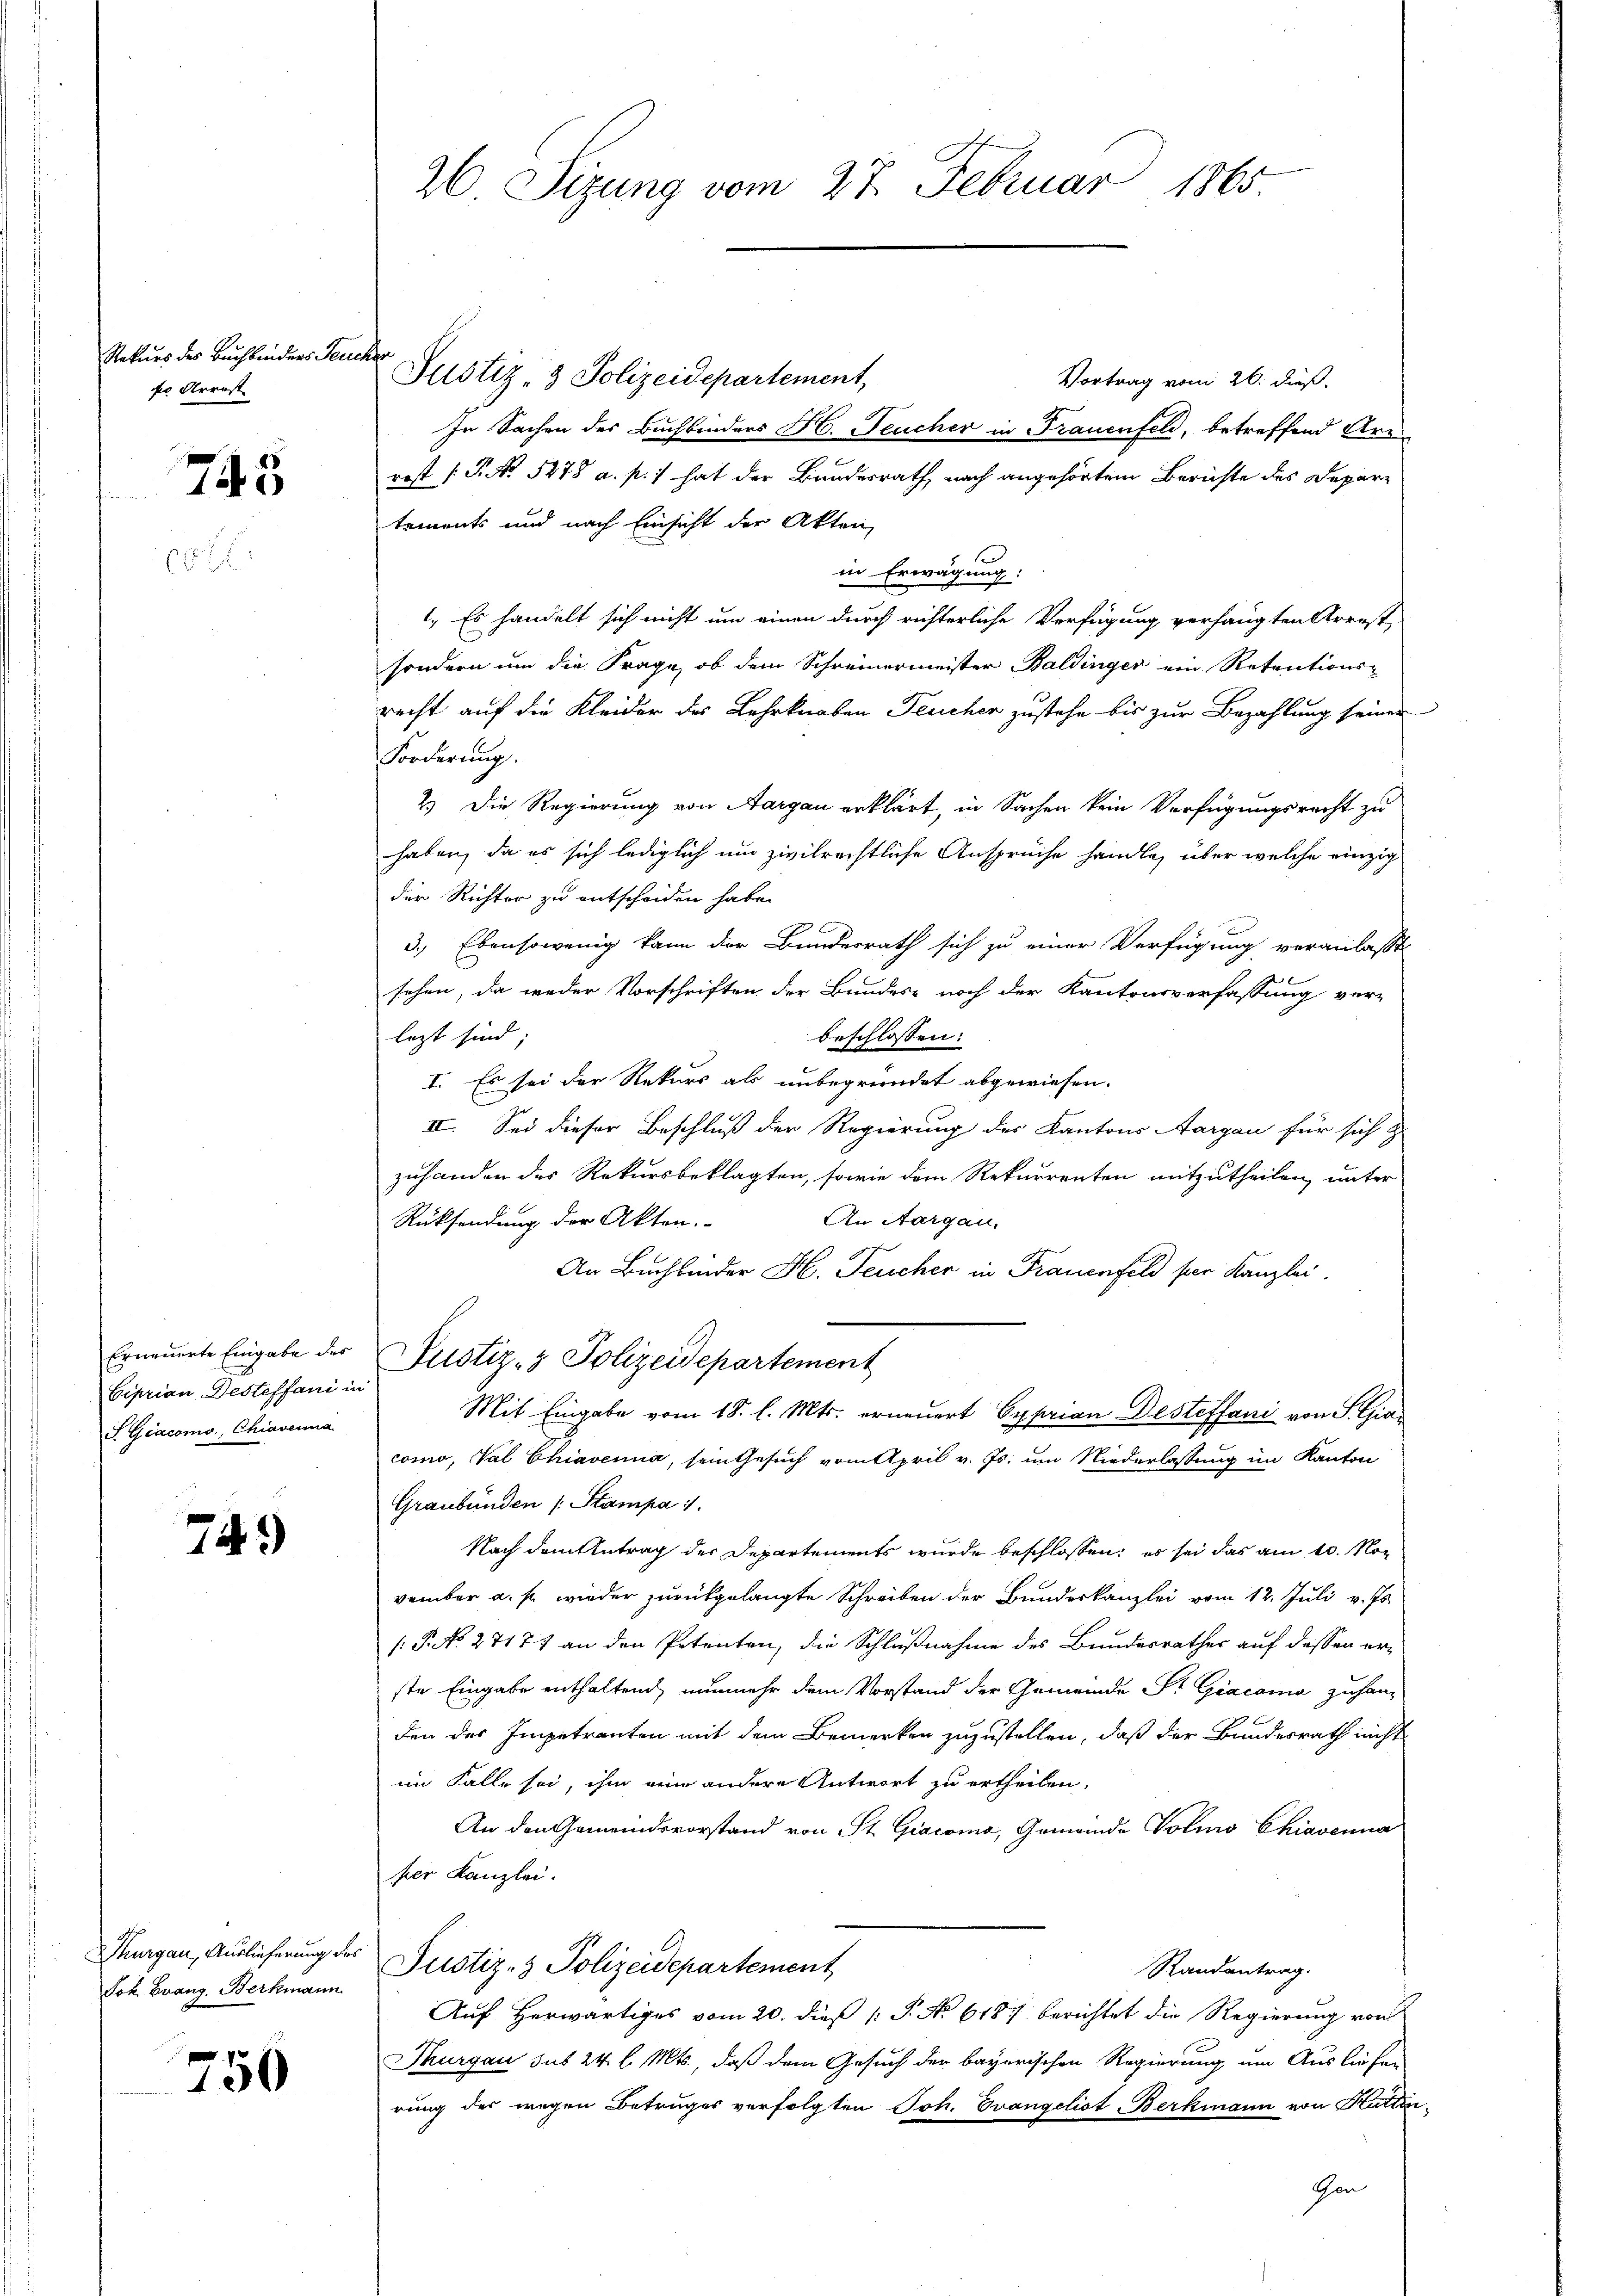
Rekurs des Buchbinders Feu
der Arrest |

745

Erneuerte Eingabe des
Ciprian Desteffani in
F Giacomo, Chiaverna

749

Thurgau, Auslieferung des
Jok Evang. Berkmann

750

26 Sizung vom 27. Februar 1865.

Justiz- & Polizeidepartement,
Vortrag vom 26. dieß.
In Sachen des Buchbinders H. Feucher in Frauenfeld, betreffend Are
rost (T. No. 5278 a. p.) hat der Bundesrath nach angehörtem Berichte des Departements und nach Einsicht der Akten,
in Erwägung:
1. Es handelt sich nicht um einen durch richterliche Verfügung verhängten Arrest,
sondern um die Frage, ob dem Schreinermeister Baldinger ein Retentions-
recht auf die Kleider des Lehrknaben Feucher zustehe bis zur Bezahlung seiner
Forderung
2.) Die Regierung von Aargau erklärt, in Sachen kein Verfügungsrecht zu
haben, da es sich lediglich um zivilrechtliche Ansprüche handle, über welche einzig
der Richter zu entscheiden habe.
3.) Ebensowenig kann der Bundesrath sich zu einer Verfügung veranlasst
sehen, da weder Vorschriften der Bundes- noch der Kantonsverfassung ver-
lezt sind
beschlossen:
I. Es sei der Rekurs als unbegründet abgewiesen.
II. Sei dieser Beschluß der Regierung des Kantons Aargau für sich
zuhanden des Rekursbeklagten, sowie dem Rekurrenten mitzutheilen, unter
An Aargau,
Rücksendung der Akten.
An Buchbinder H. Feucher in Frauenfeld per Kanzlei.
Justiz- & Polizeidepartement
Mit Eingabe vom 18. l. Mts. erneuert Cyprian Desteffani von S. Giacomo, Val Chiavenia, sein Gesuch vom April v. Js. um Niederlassung im Kanton
Graubünden (Stampa 1.
Nach dem Antrag der Departements wurde beschlossen: es sei das am 10. Nov
vember a. f. wieder zurückgelangte Schreiben der Bundeskanzlei vom 12. Juli v. Js.
: P. N. 27177 an den Petenten, die Schlußnahme des Bundesrathes auf dessen erste Eingabe enthaltend, nunmehr dem Vorstand der Gemeinde Fr. Giacona zuhang
den des Impetranten mit dem Bemerken zuzustellen, daß der Bundesrath nicht
im Falle sei, ihm eine andere Antwort zu ertheilen,
An den Gemeindsvorstand von St. Giacona, Gemeinde Volus Chiavenna
her Kanzlei.
Justiz- & Polizeidepartement
Randantrag.
Auf Herwärtiges vom 20. dieß P. No 6187 berichtet die Regierung von
Thurgau sub 24 l. Mts., daß dem Gesuch der bayerischen Regierung um Ausliefen
rung des wegen Betruges verfolgten Joh. Evangelist-Berkmann von Hüttin
Gen